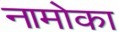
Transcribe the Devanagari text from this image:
नामोका